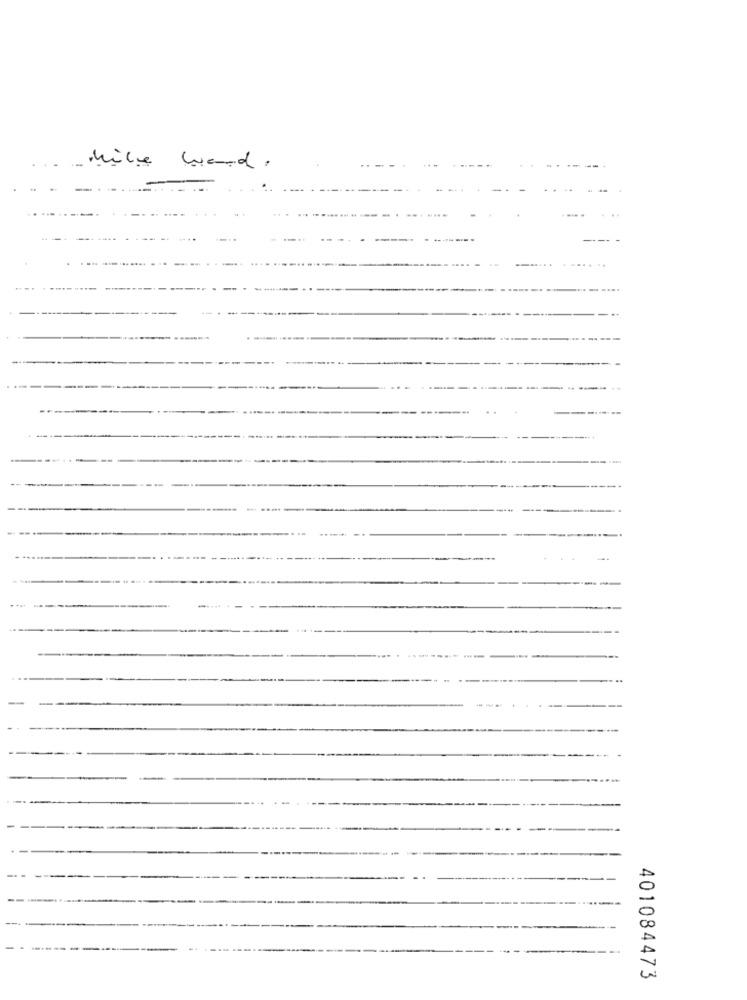
Mike wood.
401084473